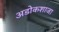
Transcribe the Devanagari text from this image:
अडोकशाजा